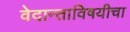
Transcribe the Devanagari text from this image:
वेदान्ताविषयीचा